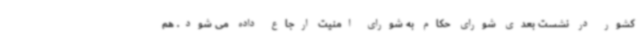
کشور در نشست بعدی شورای حکام به شورای امنیت ارجاع داده می شود. هم